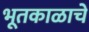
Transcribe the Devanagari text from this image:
भूतकाळाचें